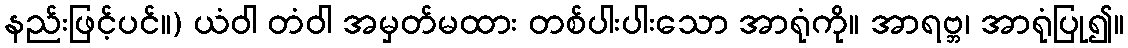
နည်းဖြင့်ပင်။) ယံဝါ တံဝါ အမှတ်မထား တစ်ပါးပါးသော အာရုံကို။ အာရဗ္ဘ၊ အာရုံပြု၍။